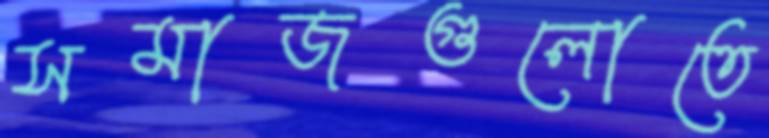
সমাজগুলোতে